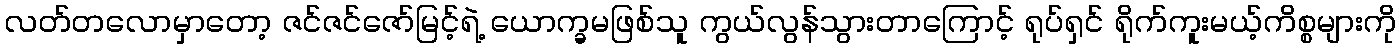
လတ်တလောမှာတော့ ဇင်ဇင်ဇော်မြင့်ရဲ့ ယောက္ခမဖြစ်သူ ကွယ်လွန်သွားတာကြောင့် ရုပ်ရှင် ရိုက်ကူးမယ့်ကိစ္စများကို